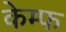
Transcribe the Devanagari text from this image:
केम्फ